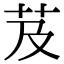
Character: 芨